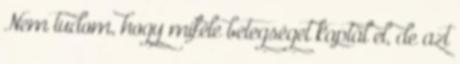
Nem tudom, hogy miféle betegséget kaptál el, de azt